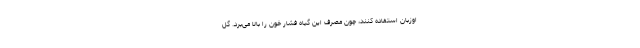
اوزبان استفاده کنند، چون مصرف این گیاه فشار خون را بالا می‌برد. گل